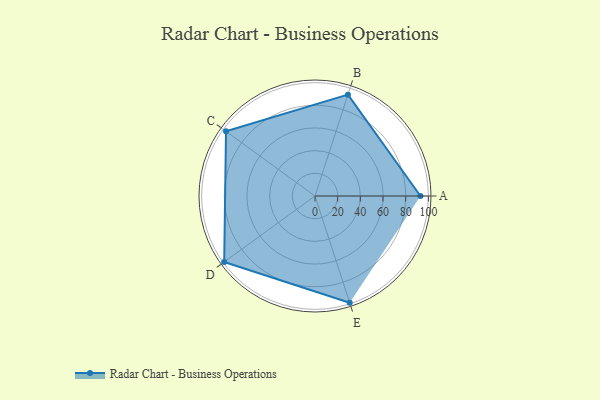
{"axis": {"x": "Skill", "y": "Score"}, "legend": ["Profile"], "data": [{"x": "A", "y": 93.0, "type": "Profile"}, {"x": "B", "y": 94.0, "type": "Profile"}, {"x": "C", "y": 97.0, "type": "Profile"}, {"x": "D", "y": 99, "type": "Profile"}, {"x": "E", "y": 99, "type": "Profile"}]}